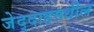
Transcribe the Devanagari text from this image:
जेद्दाहमधील